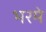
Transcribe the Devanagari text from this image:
भरमे